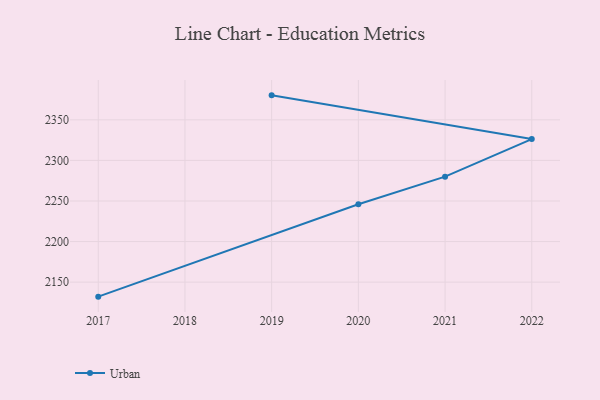
{"axis": {"x": "Year", "y": "Population (Million)"}, "legend": ["Urban"], "data": [{"x": "2019", "y": 2380.2, "type": "Urban"}, {"x": "2022", "y": 2326.3, "type": "Urban"}, {"x": "2021", "y": 2280.0, "type": "Urban"}, {"x": "2020", "y": 2246.0, "type": "Urban"}, {"x": "2017", "y": 2132.1, "type": "Urban"}]}